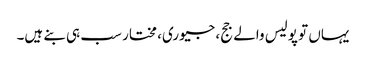
یہاں تو پولیس والے جج، جیوری، مختار سب ہی بنے ہیں۔